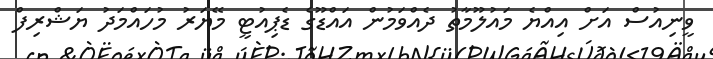
ވީނިއުސް އަށް އިއްޔެ މައުލޫމާތު ދެއްވަމުން އައްޑޫގެ ޑެޕިއުޓީ މޭޔަރު މުހައްމަދު ޔަޝްރިފް